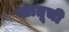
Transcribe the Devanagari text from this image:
खातूची